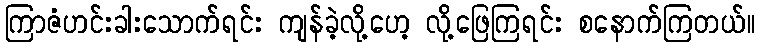
ကြာဇံဟင်းခါးသောက်ရင်း ကျန်ခဲ့လို့ဟေ့ လို့ဖြေကြရင်း စနောက်ကြတယ်။